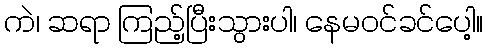
ကဲ၊ ဆရာ ကြည့်ပြီးသွားပါ၊ နေမဝင်ခင်ပေါ့။